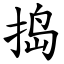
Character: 捣